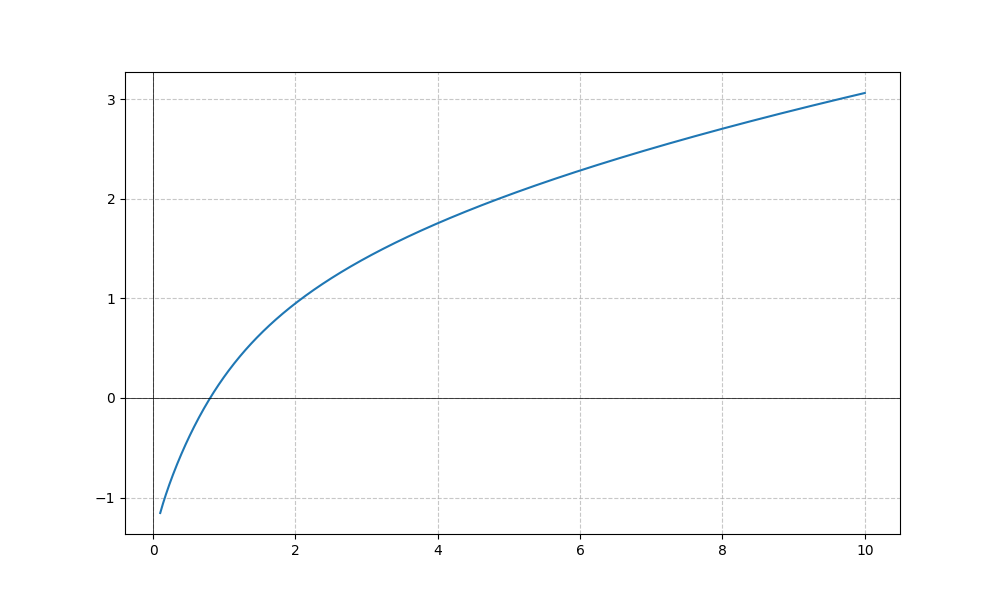
LaTeX formula: \sqrt{x} - \operatorname{acot}{\left(x \right)}